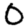
Digit: 0